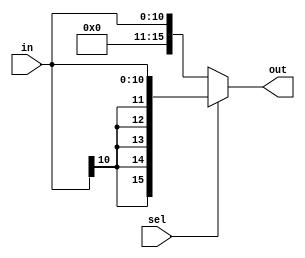
module ext_mod11_16(out, sel, in);
    input [10:0] in;
    input sel;
    output [15:0] out;
    
    assign out = sel ? {{5{in[10]}}, {in}} : {{5{1'b0}}, {in}};

endmodule